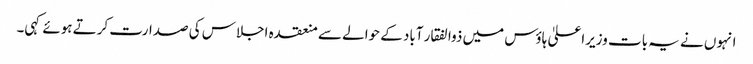
انہوں نے یہ بات وزیراعلیٰ ہاوٴس میں ذوالفقار آباد کے حوالے سے منعقدہ اجلاس کی صدارت کرتے ہوئے کہی۔